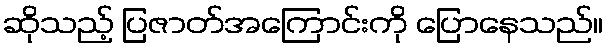
ဆိုသည့် ပြဇာတ်အကြောင်းကို ပြောနေသည်။